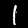
Label: 1